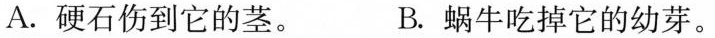
A.硬伤到它的茎。 B.蜗牛吃掉它的幼芽。